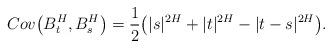
LaTeX: \begin{align*} Cov \bigl(B_t^H, B_s^H\bigr) = \frac{1}{2} \bigl( | s |^{2H} + | t |^{2H} - | t -s |^{2H} \bigr) .\end{align*}